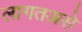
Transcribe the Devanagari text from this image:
लागतअसे